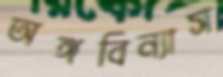
অঙ্গবিন্যাস